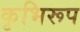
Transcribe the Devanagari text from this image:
कृभिरूप